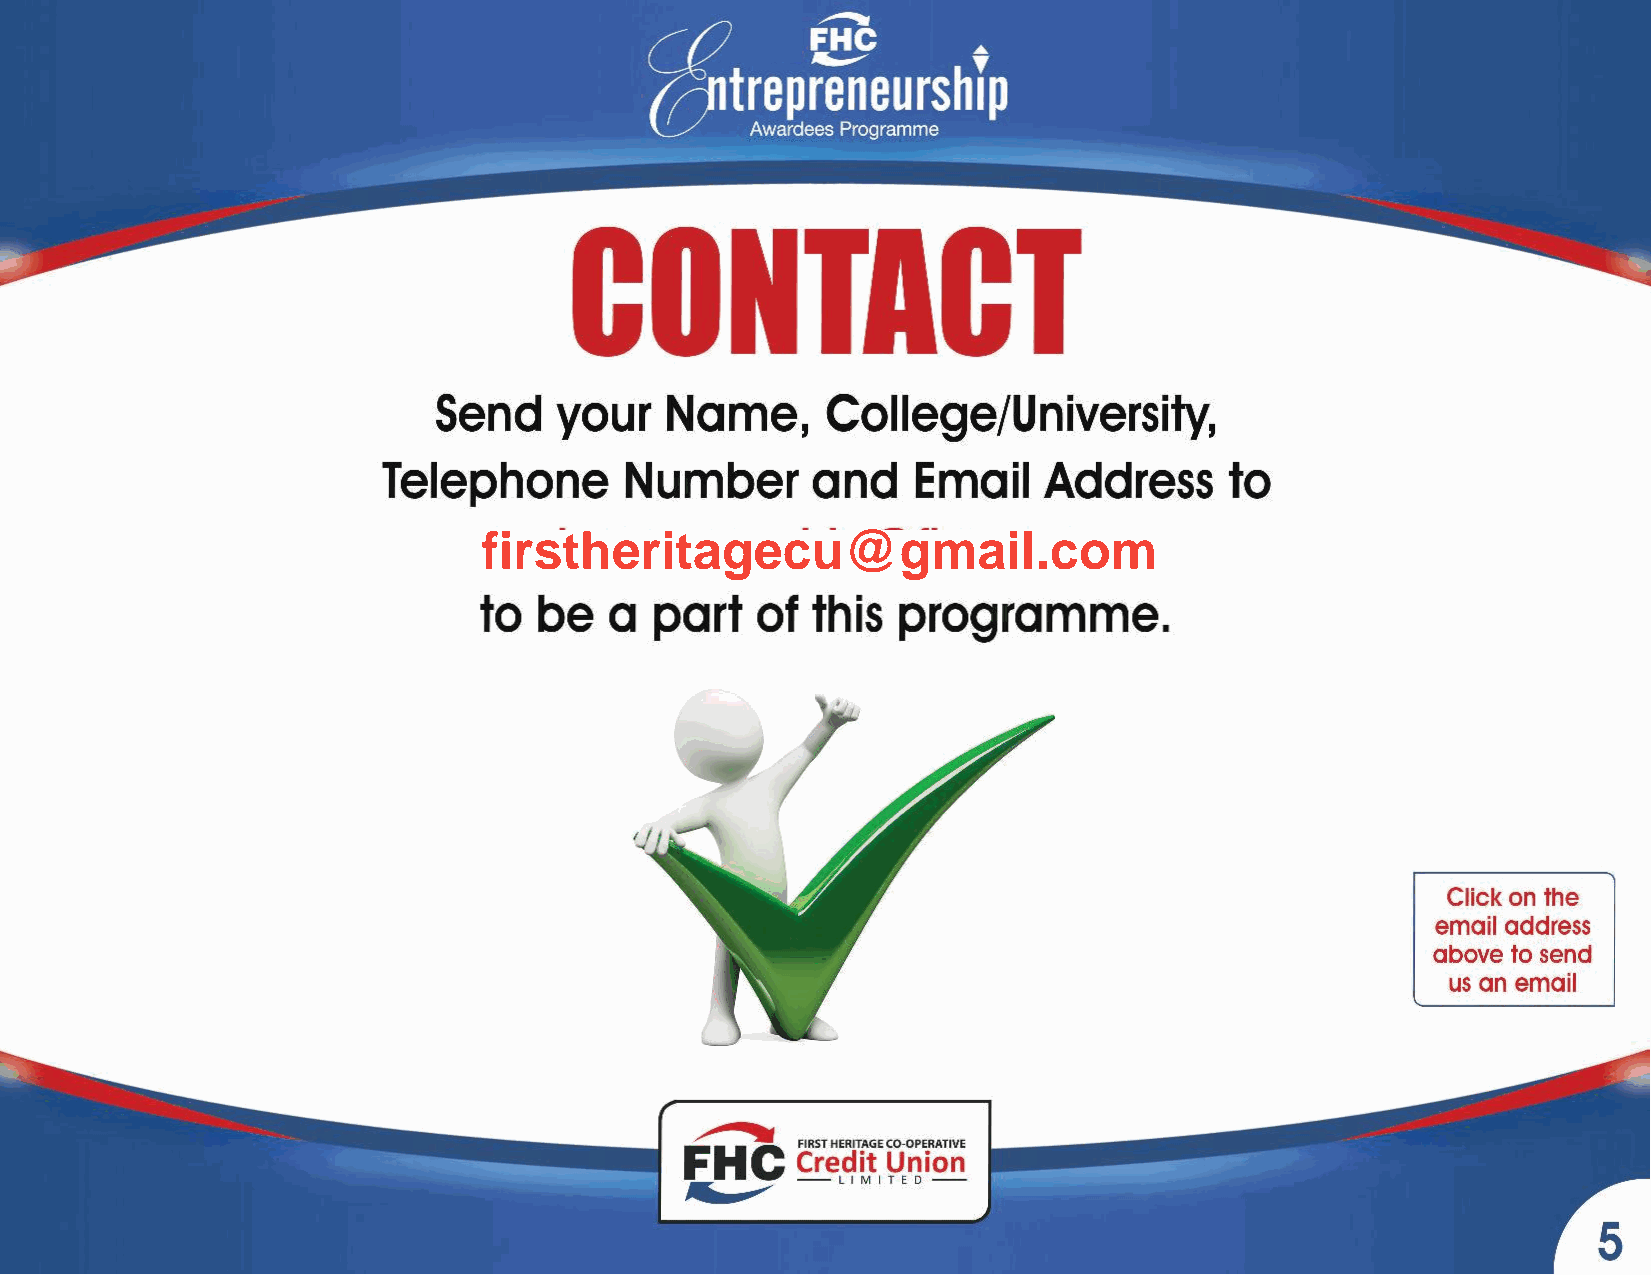
Send    your   Name,      College/University,
 Telephone        Number      and    Email   Address     to
 fiernsttrheperreintaeugreschiup@@fghmccau.icl.ocmom
 to  be  a  part   of  this  programme.
 Click on the
 email address
 above to send
 usan email
 /""'H"c
 F       FIRSTHERITAGECO-OPERATIVE
 Credit Union
 -LIMITED-
 ;$  ,.,.....-
 5